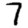
Digit: 7